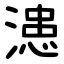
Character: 漶